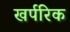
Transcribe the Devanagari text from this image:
खर्परिक